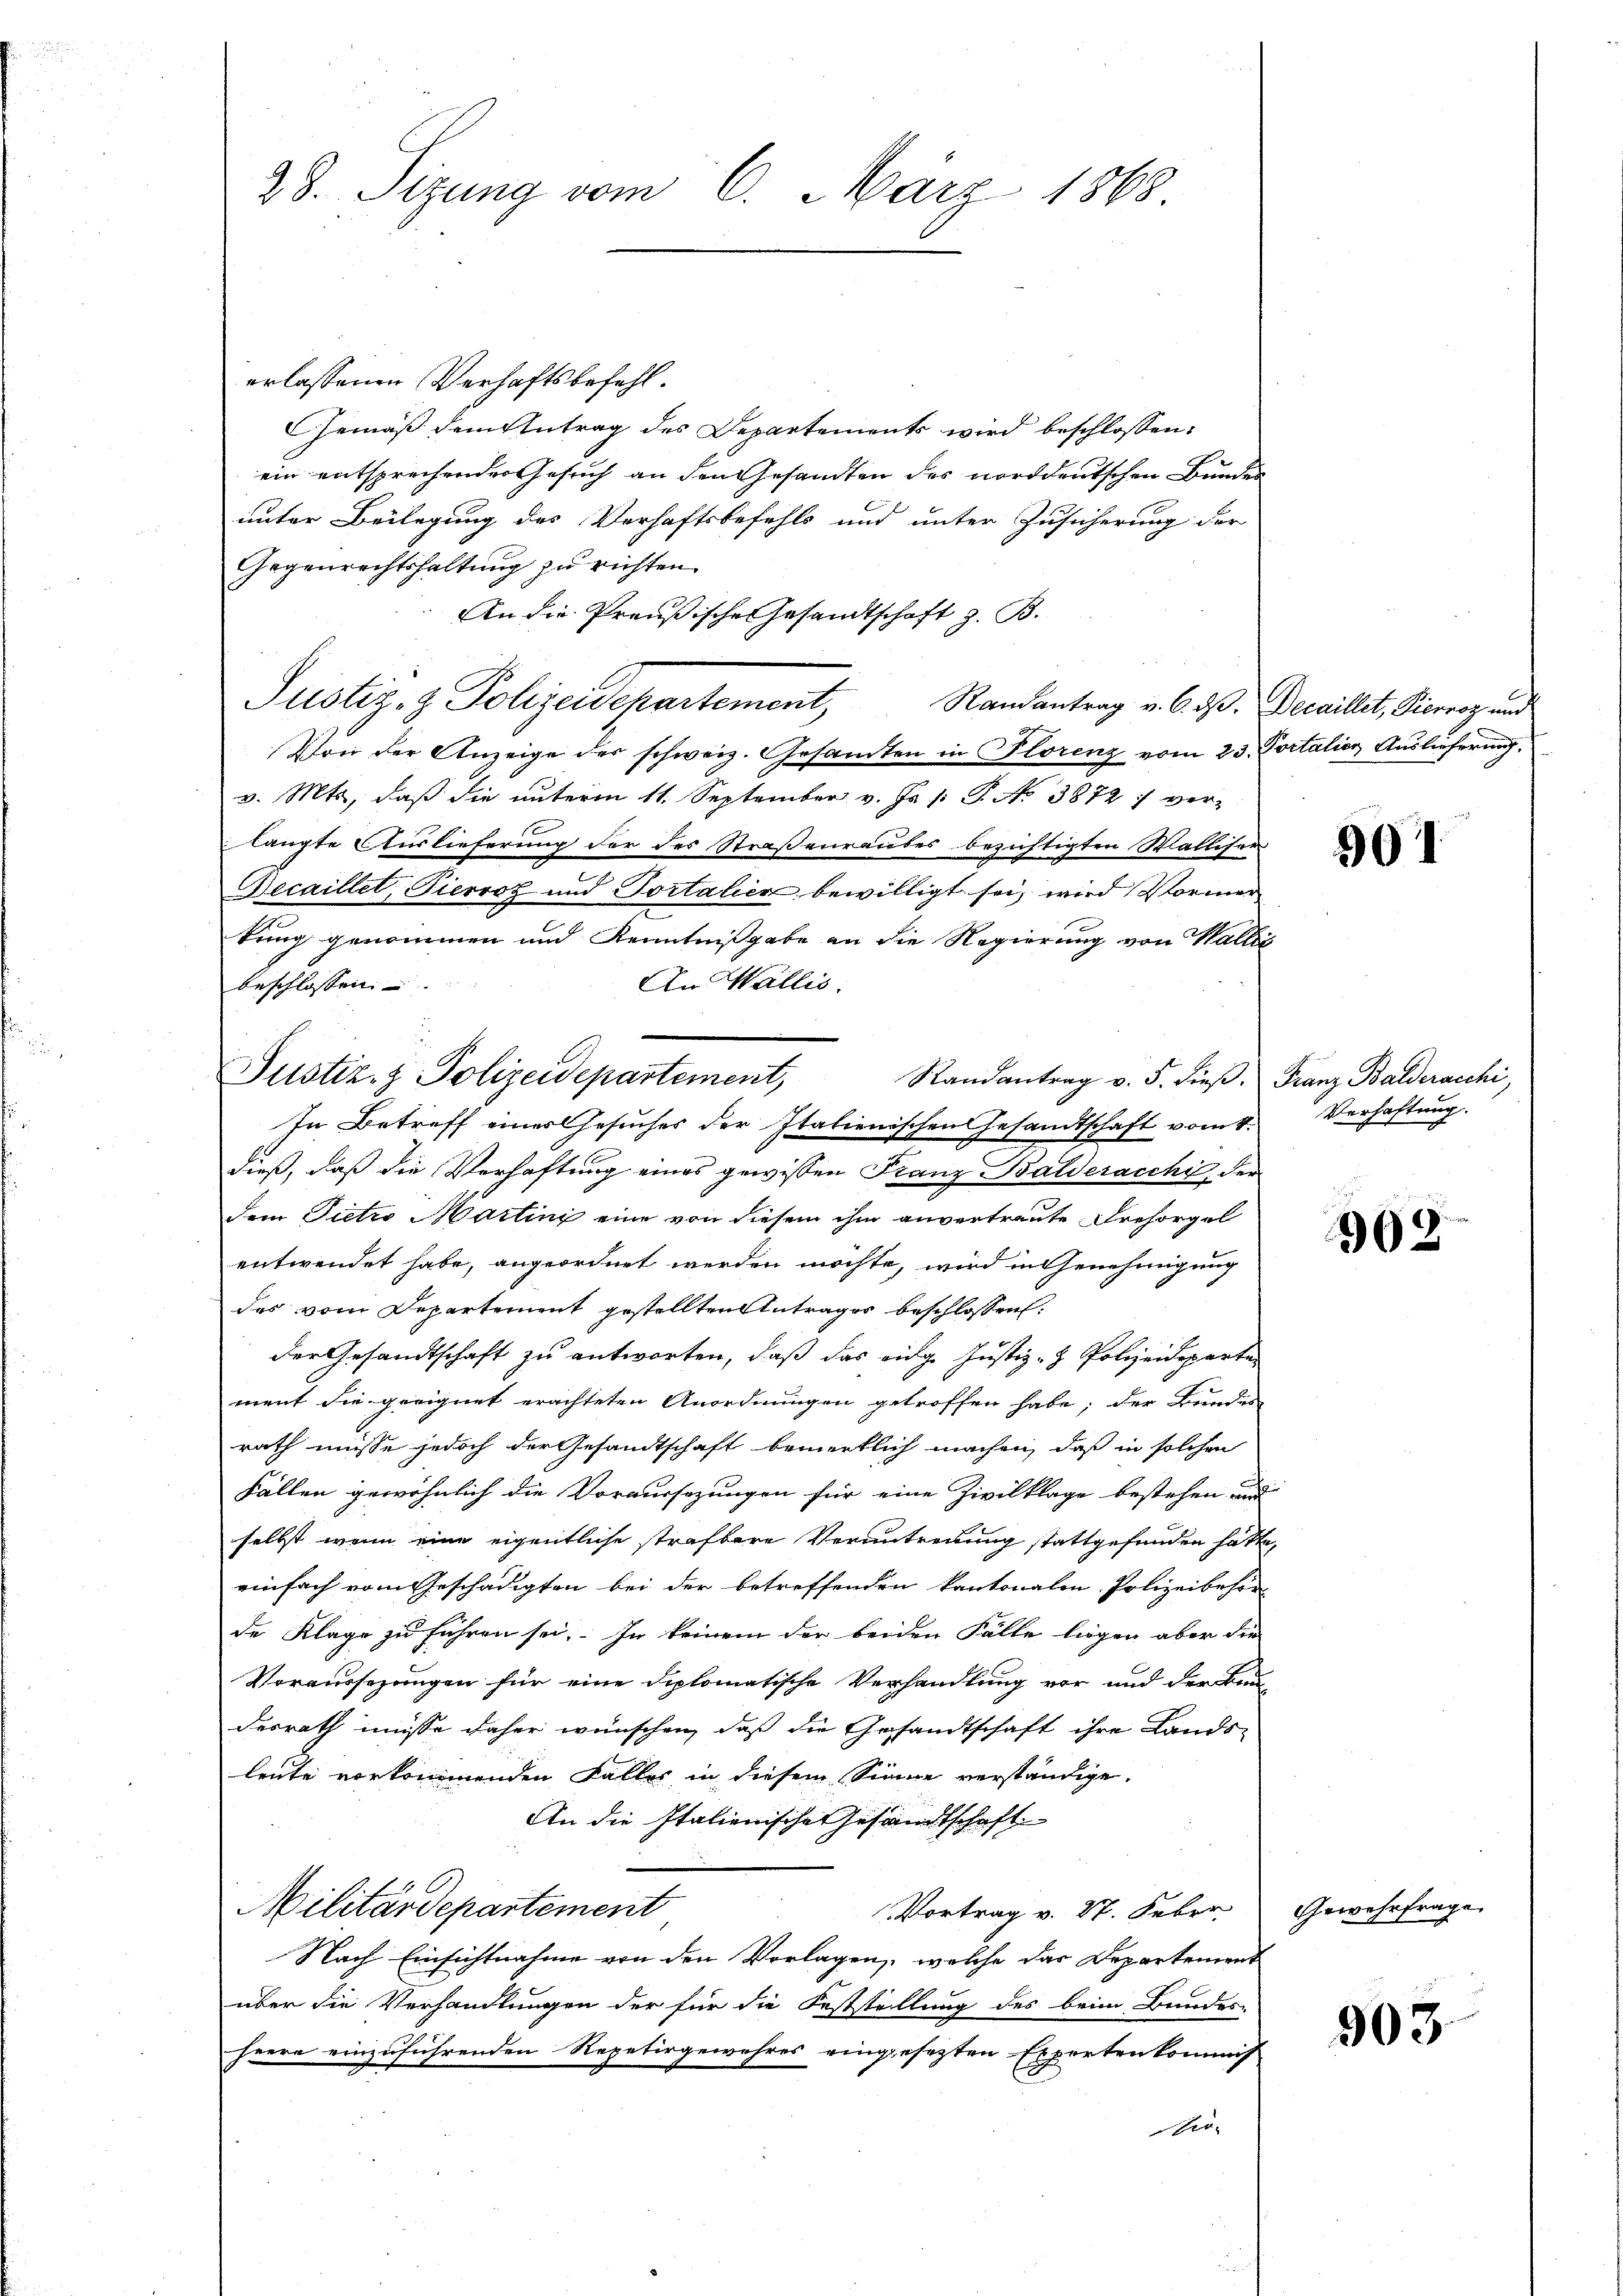
28. Sizung vom 6. März 1868

erlassenen Verhaftsbefehl.
Gemäß dem Antrag des Departements wird beschlossen:
ein entsprechendes Gesuch an den Gesandten des norddeutschen Bundes
unter Beilegung des Verhaftsbefehls und unter Zusicherung der
Gegenrechtshaltung zu richten.
An die Preußische Gesandtschaft z. B.
Justiz- & Polijadepartement,
Randantrag v. 6. ds. Decaillet, Pierroz und
Von der Anzeige des schweiz. Gesamten in Florenz vom 23. Portalien Auslieferung,
v. Mts, daß die unterm 11. September v. Js. p. P. No 3872 ver-
langte Auslieferung der des Straßenraubes bezichtigten Walliser
Becaillet, Tiervoz und Portalien bewilligt sei, wird Vormer
tung genommen und Kenntnißgabe an die Regierung von Wallić
An Wallis.
beschlossen.
Randantrag v. 5. dieβ. Franz Balderacchi,
dieß, daß die Verhaftung eines gewissen Franz Balderacchi, der
dem Pietro Martini eine von diesem ihm anvertraute Drehorgel
entwendet habe, angeordnet werden möchte, wird in Genehmigung
des vom Departement gestellten Antrages beschlossen:
der Gesandtschaft zu antworten, daß das eidge Justiz- & Polizeideparten
ment die geeignet erachteten Anordnungen getroffen habe; der Bunden
rath müsse jedoch der Gesandtschaft bemerklich machen, daß in solchen
Fällen gewöhnlich die Voraussezungen für eine Zivilklage bestehen und
selbst, wenn eine eigentliche strafbare Verantreuung stattgefunden hatte,
einfach vom Geschädigten bei der betreffenden kantonalen Polizeibehörde Klage zu führen sei. In keinem der beiden Fälle liegen aber die
Voraussezungen für eine diplomatische Verhandlung vor und der Bau-
desrath müsse daher wünschen, daß die Gesandtschaft ihre Lands-
leute vorkommenden Falles in diesem Sinne verständige.
An die Italienische Gesandtschaft
Militärdepartement
Vortrag v. 27. Feber.
Nach Einsichtnahme von den Vorlagen, welche das Departement
über die Verhandlungen der für die Feststellung des beim Bundes-
heere einzuführenden Repetirgewehres eingesezten Expertenkommis
tro¬

Justiz- & Polizeidepartement,
In Betreff einer Gesuches der Italienischen Gesandtschaft vom 4.

901

Verhaftung.

963

Gewehrfrage

903.